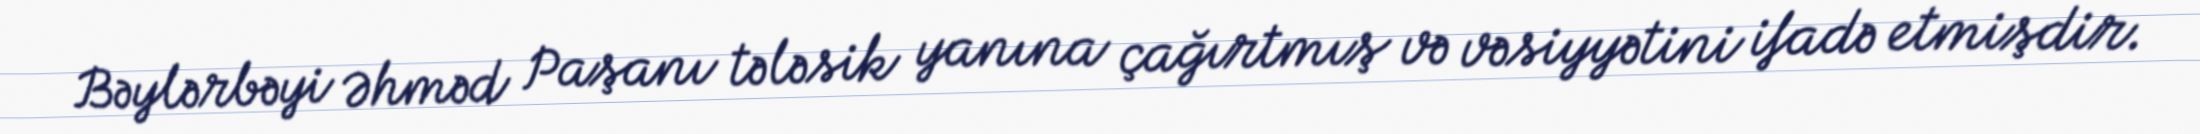
Bəylərbəyi Əhməd Paşanı tələsik yanına çağırtmış və vəsiyyətini ifadə etmişdir.